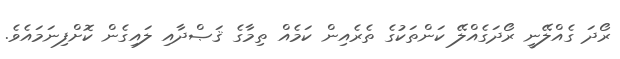
ރޯދަ ގެއްލޭނީ ރޯދަގެއްލޭ ކަންތަކުގެ ތެރެއިން ކަމެއް ތިމާގެ ޤަޞްދާއި ލައިގެން ކޮށްފިނަމައެވެ.